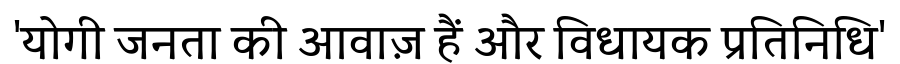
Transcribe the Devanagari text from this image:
'योगी जनता की आवाज़ हैं और विधायक प्रतिनिधि'